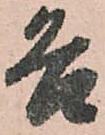
各